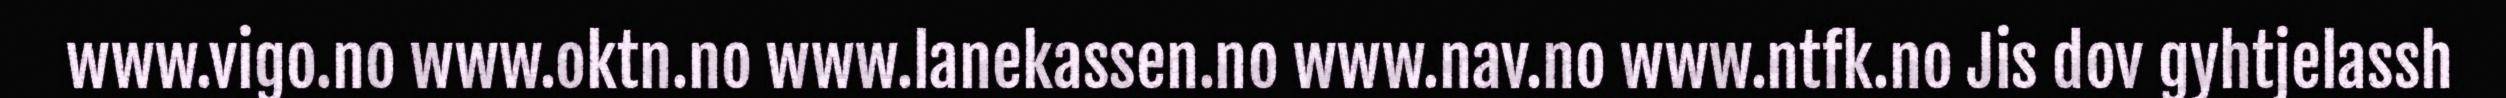
www.vigo.no www.oktn.no www.lanekassen.no www.nav.no www.ntfk.no Jis dov gyhtjelassh